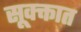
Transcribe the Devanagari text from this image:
सूक्क्तात